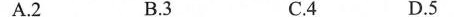
A.2 B.3 C.4 D.5